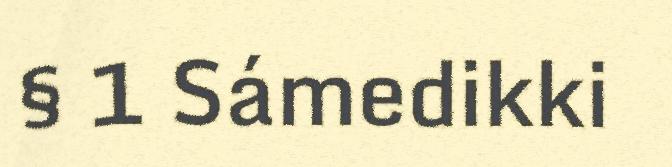
§ 1 Sámedikki